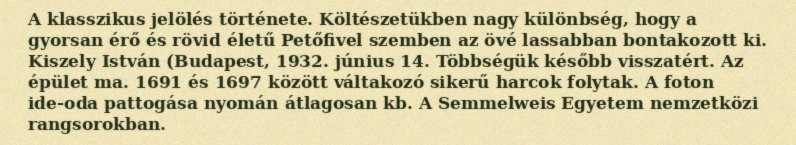
A klasszikus jelölés története. Költészetükben nagy különbség, hogy a gyorsan érő és rövid életű Petőfivel szemben az övé lassabban bontakozott ki. Kiszely István (Budapest, 1932. június 14. Többségük később visszatért. Az épület ma. 1691 és 1697 között váltakozó sikerű harcok folytak. A foton ide-oda pattogása nyomán átlagosan kb. A Semmelweis Egyetem nemzetközi rangsorokban.